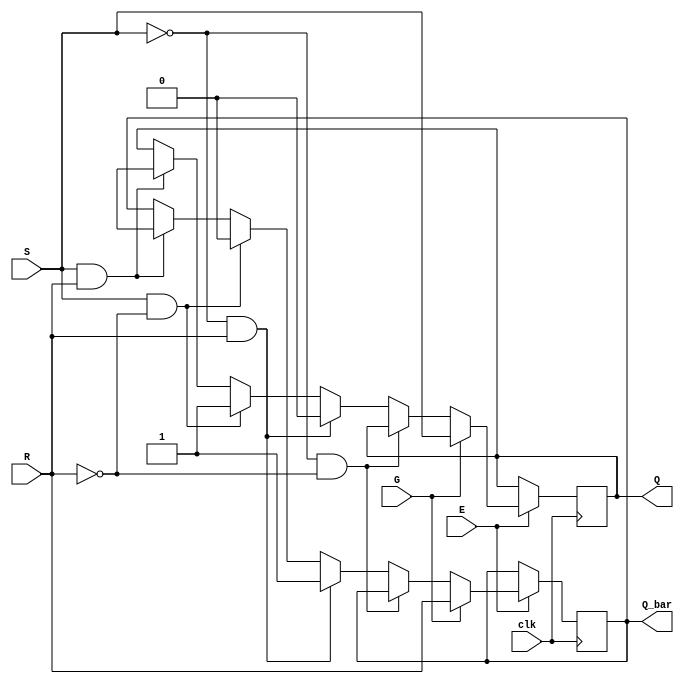
module gated_sr_flipflop(input S, input R, input G, input E, input clk, output reg Q, output reg Q_bar);

always @(posedge clk) begin
    if (E == 1'b1) begin
        if (G == 1'b0) begin
            if (S == 1'b0 && R == 1'b0) begin
                Q <= Q;
                Q_bar <= Q_bar;
            end else if (S == 1'b0 && R == 1'b1) begin
                Q <= 1'b0;
                Q_bar <= 1'b1;
            end else if (S == 1'b1 && R == 1'b0) begin
                Q <= 1'b1;
                Q_bar <= 1'b0;
            end else if (S == 1'b1 && R == 1'b1) begin
                Q <= 1'bx;
                Q_bar <= 1'bx;
            end
        end else begin
            Q <= S;
            Q_bar <= R;
        end
    end
end

endmodule